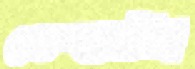
ভেস্তালি